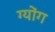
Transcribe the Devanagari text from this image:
ग्योंग